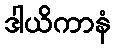
ဒါယိကာနံ